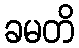
ခမတိ